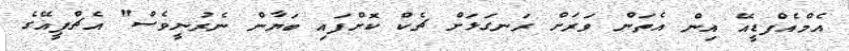
އެމްއެފްޑީއޭ އިން އެތަން ވަރަށް ރަނގަޅަށް ޗެކް ކޮށްފައި ބަޔާން ނެރުނީވެސް" އެޗްޕީއޭގެ